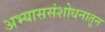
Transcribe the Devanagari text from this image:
अभ्याससंशोधनातून